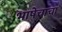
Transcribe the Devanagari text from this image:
भाषेचाचा